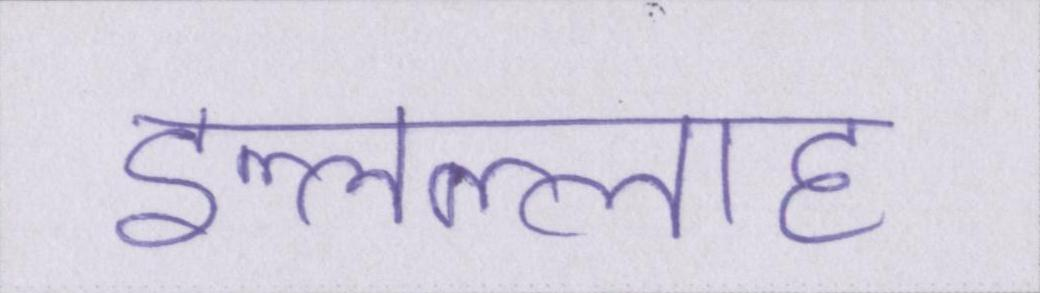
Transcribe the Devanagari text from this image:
इल्लल्लाह